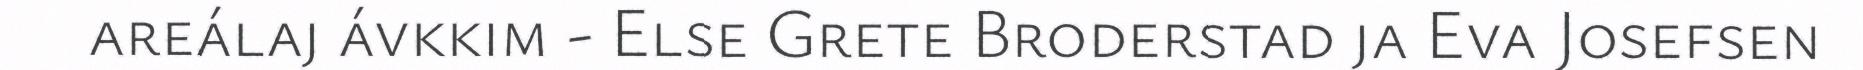
areálaj ávkkim - Else Grete Broderstad ja Eva Josefsen